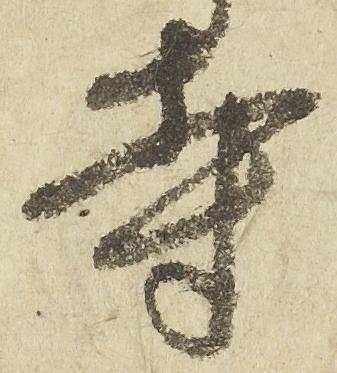
寺